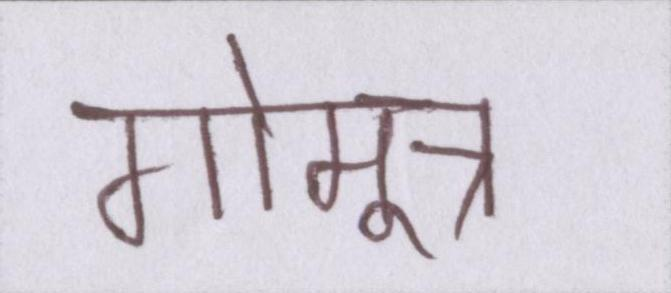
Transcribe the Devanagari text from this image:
गोमूत्र